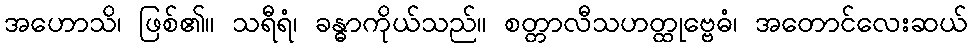
အဟောသိ၊ ဖြစ်၏။ သရီရံ၊ ခန္ဓာကိုယ်သည်။ စတ္တာလီသဟတ္ထုဗ္ဗေဓံ၊ အတောင်လေးဆယ်